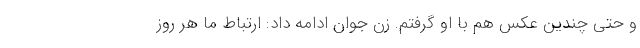
و حتی چندین عکس هم با او گرفتم. زن جوان ادامه داد: ارتباط ما هر روز